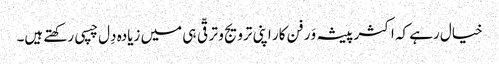
خیال رہے کہ اکثر پیشہ وَر فن کار اپنی ترویج و ترقّی ہی میں زیادہ دِل چسپی رکھتے ہیں۔